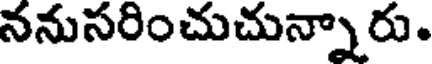
ననుసరించుచున్నారు.